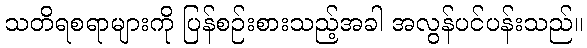
သတိရစရာများကို ပြန်စဉ်းစားသည့်အခါ အလွန်ပင်ပန်းသည်။